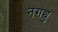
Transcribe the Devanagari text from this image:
नगछु